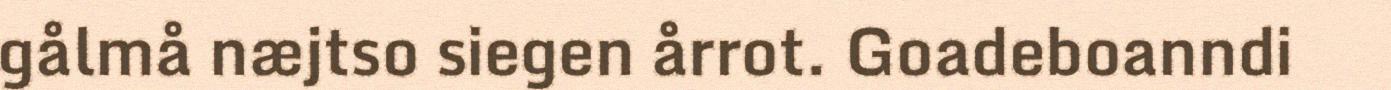
gålmå næjtso siegen årrot. Goadeboanndi